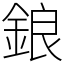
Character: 鋃